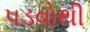
પડવોથી